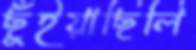
ছুঁইয়াছিলি